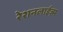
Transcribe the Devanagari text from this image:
रेशनलाईज़्म